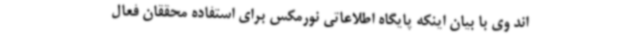
اند وی با بیان اینکه پایگاه اطلاعاتی نورمکس برای استفاده محققان فعال